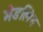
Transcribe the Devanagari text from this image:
मेडलिन